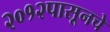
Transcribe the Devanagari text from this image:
२०१२पासूनचे